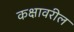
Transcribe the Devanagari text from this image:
कक्षावरील